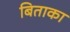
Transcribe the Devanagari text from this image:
बिताका